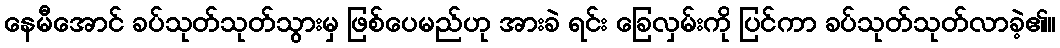
နေမီအောင် ခပ်သုတ်သုတ်သွားမှ ဖြစ်ပေမည်ဟု အားခဲ ရင်း ခြေလှမ်းကို ပြင်ကာ ခပ်သုတ်သုတ်လာခဲ့၏။